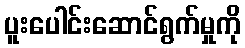
ပူးပေါင်းဆောင်ရွက်မှုကို